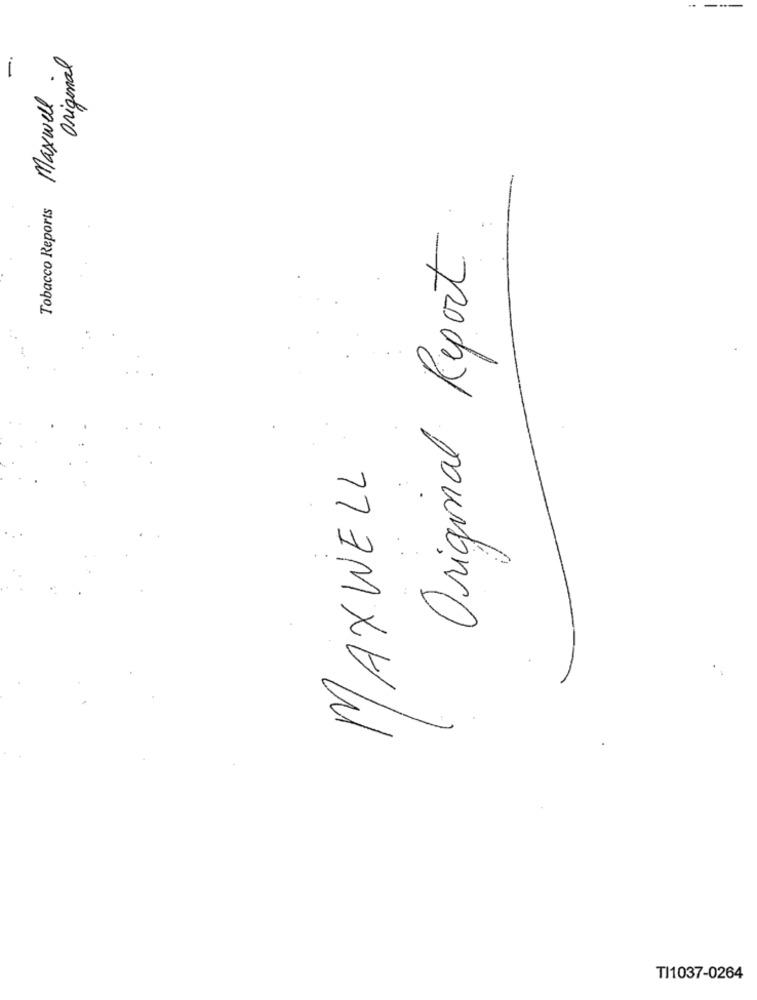
..
Original
Maxwell
Tobacco Reports
Original Report
MAXWELL
TI1037-0264